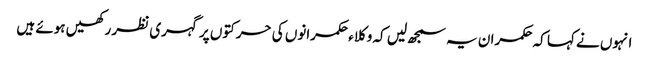
انہوں نے کہا کہ حکمران یہ سمجھ لیں کہ وکلاء حکمرانوں کی حرکتوں پر گہری نظر رکھیں ہوئے ہیں